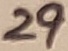
Text: 29